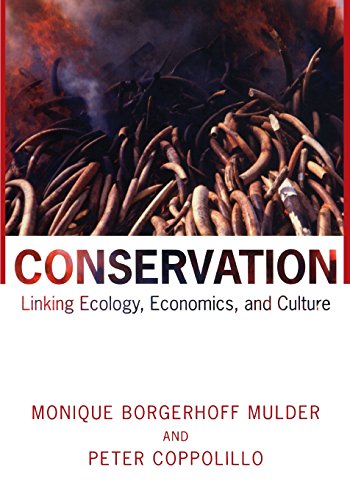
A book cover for Conservation: Linking Ecology, Economics, and Culture; Monique Borgerhoff Mulder; Business & Money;